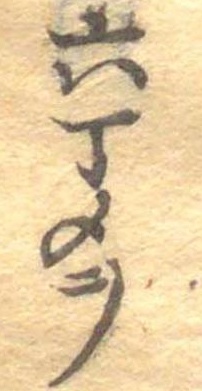
六丁メヲ